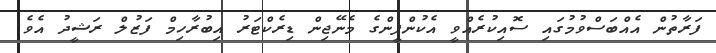
ފަރާތުން އެއްބަސްވުމުގައި ސޮއިކުރެއްވީ އެކުންފީންގެ މެނޭޖިން ޑިރެކްޓަރު އިބުރާހިމް ފަޒުލް ރަޝީދު އެވެ.